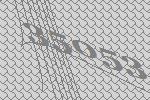
35053